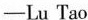
—Lu Tao